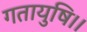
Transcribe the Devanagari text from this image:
गतायुषि।।